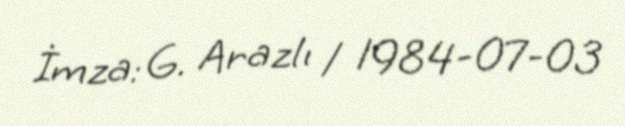
İmza: G. Arazlı / 1984-07-03